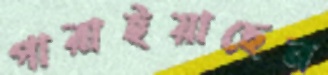
পারাইয়াছেন